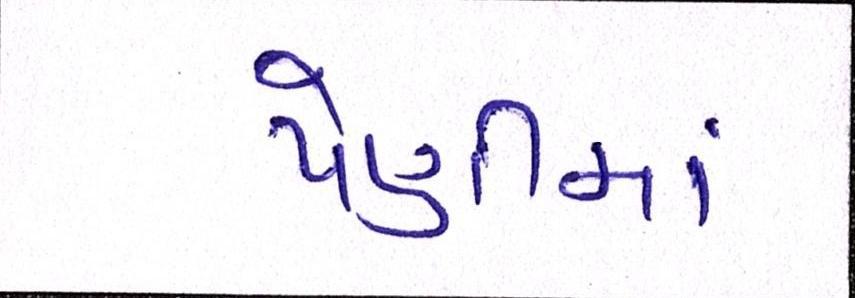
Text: પેણીમાં